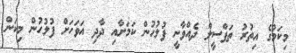
މިކަމުގެ އިތުރު ތަފްސީލް ދެއްވާނީ ފުލުހުން ކަމަށާއި ދާދި އަވަހަށް ފުލުހުން މިކަން